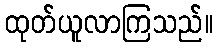
ထုတ်ယူလာကြသည်။